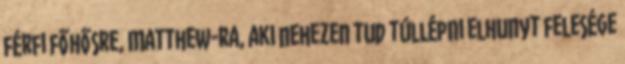
férfi főhősre, Matthew-ra, aki nehezen tud túllépni elhunyt felesége